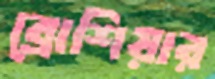
ব্রোশিয়ার